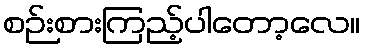
စဉ်းစားကြည့်ပါတော့လေ။